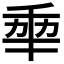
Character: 𠡦